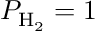
P _ { \mathrm { H _ { 2 } } } = 1